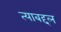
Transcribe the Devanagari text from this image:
त्‍याबद्दल